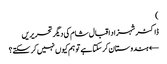
)
ڈاکٹر شہزاد اقبال شام کی دیگر تحریریں
← ہندوستان کر سکتا ہے تو ہم کیوں نہیں کر سکتے؟